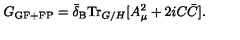
G _ { \mathrm { G F + F P } } = \bar { \delta } _ { \mathrm { B } } \mathrm { T r } _ { G / H } [ A _ { \mu } ^ { 2 } + 2 i C \bar { C } ] .